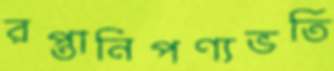
রপ্তানিপণ্যভর্তি